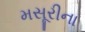
મસૂરીના